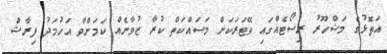
އަތޮޅުގެ މަޝްހޫރު ރިސޯޓެއްގައި ވޭޓަރަކަށް މަސައްކަތް ކުރާ ޒުވާނެއް ކަމަށްވާ އަހުމަދު ފިރާޝް